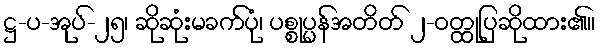
ဋ္ဌ-ပ-အုပ်-၂၅၊ ဆိုဆုံးမခက်ပုံ၊ ပစ္စုပ္ပန်အတိတ် ၂-ဝတ္ထုပြဆိုထား၏။